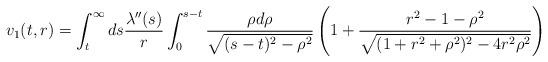
LaTeX: \begin{align*}v_{1}(t,r) = \int_{t}^{\infty} ds\frac{\lambda''(s)}{r} \int_{0}^{s-t} \frac{\rho d\rho}{\sqrt{(s-t)^{2}-\rho^{2}}} \left(1+\frac{r^{2}-1-\rho^{2}}{\sqrt{(1+r^{2}+\rho^{2})^{2}-4 r^{2}\rho^{2}}}\right) \end{align*}